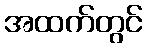
အထက်တွင်